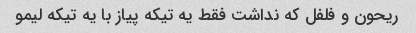
ریحون و فلفل که نداشت فقط یه تیکه پیاز با یه تیکه لیمو